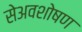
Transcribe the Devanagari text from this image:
सेअवशोषण